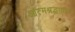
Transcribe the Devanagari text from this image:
आत्मश्रद्धावान